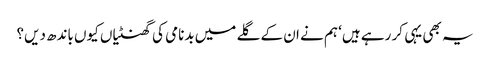
یہ بھی یہی کر رہے ہیں‘ ہم نے ان کے گلے میں بدنامی کی گھنٹیاں کیوں باندھ دیں؟